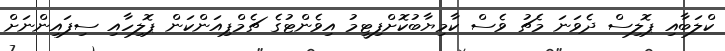
ކްލަބާއި ޕޮލިސް ދެވަނަ މެޗު ވެސް ކާމިޔާބުކޮށްފިޓީމު އިވެންޓުގެ ޗެމްޕިއަންކަން ޕޮލިހާއި ސިފައިންނަށް